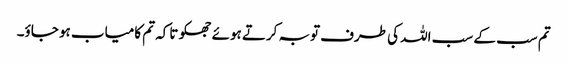
تم سب کے سب اللہ کی طرف توبہ کرتے ہوئے جھکو تاکہ تم کامیاب ہو جاؤ۔